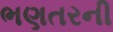
ભણતરની